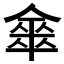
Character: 𠎃